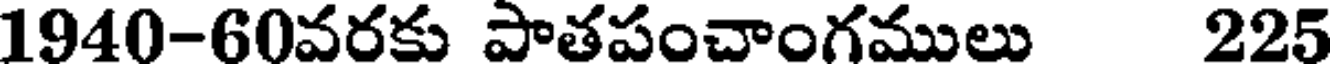
1940-60వరకు పాతపంచాంగములు 225